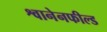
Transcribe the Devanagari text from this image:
श्वानेनफील्ड